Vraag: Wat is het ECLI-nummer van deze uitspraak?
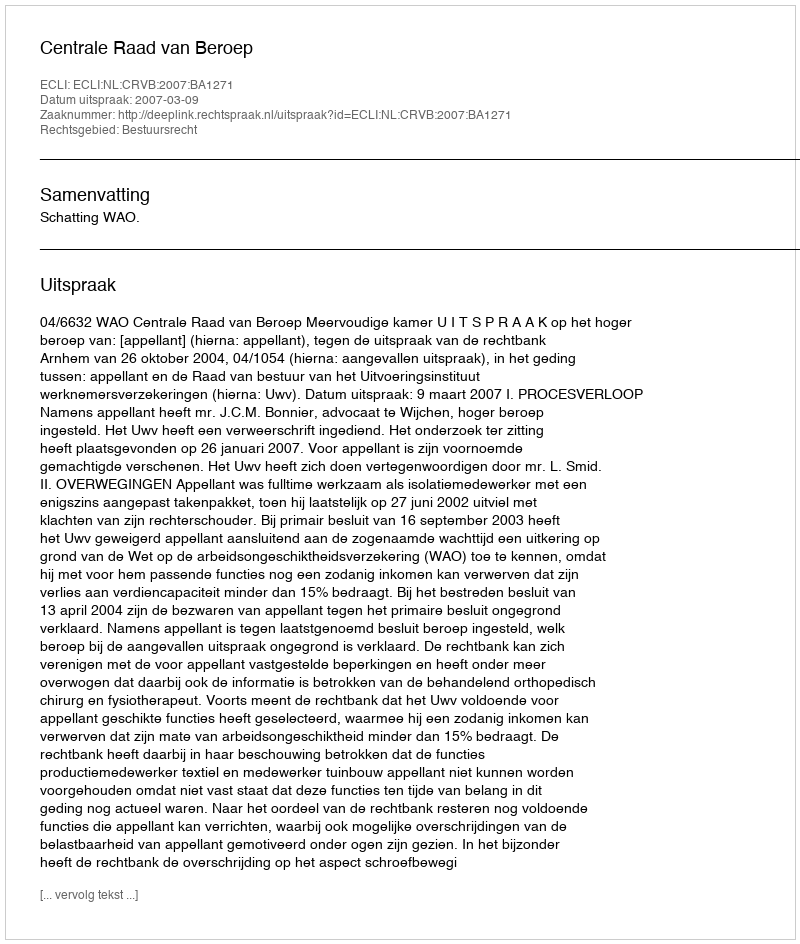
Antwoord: ECLI:NL:CRVB:2007:BA1271